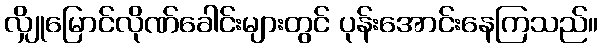
လျှိုမြောင်လိုဏ်ခေါင်းများတွင် ပုန်းအောင်းနေကြသည်။